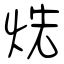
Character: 烍